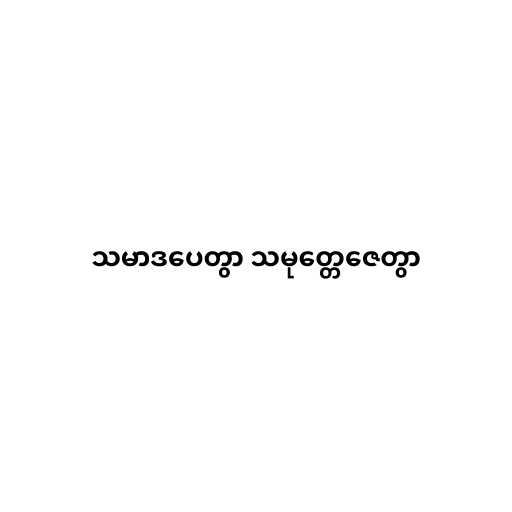
သမာဒပေတွာ သမုတ္တေဇေတွာ